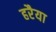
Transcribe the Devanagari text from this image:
हरैया